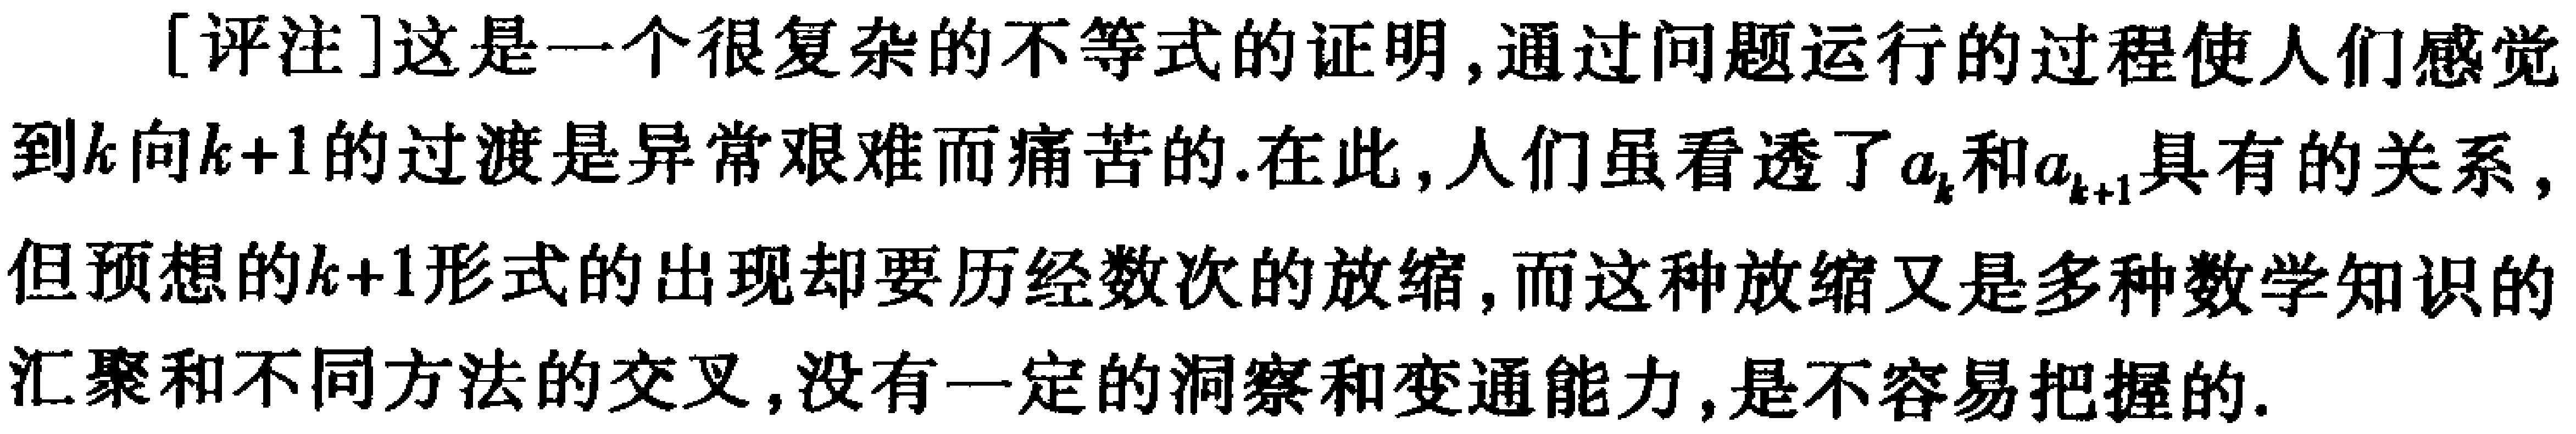
[评注]这是一个很复杂的不等式的证明,通过问题运行的过程使人们感觉到\(k\)向\(k + 1\)的过渡是异常艰难而痛苦的.在此,人们虽看透了\(a_{k}\)和\(a_{k + 1}\)具有的关系,但预想的\(k + 1\)形式的出现却要历经数次的放缩,而这种放缩又是多种数学知识的汇聚和不同方法的交叉,没有一定的洞察和变通能力,是不容易把握的.